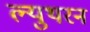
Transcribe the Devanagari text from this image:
ल्युथरन